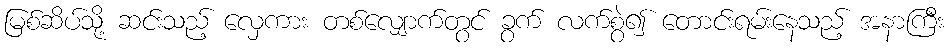
မြစ်ဆိပ်သို့ ဆင်းသည့် လှေကား တစ်လျှောက်တွင် ခွက် လက်စွဲ၍ တောင်းရမ်းနေသည့် အနာကြီး